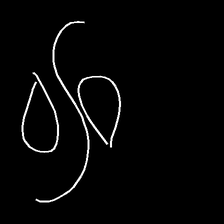
Glyph: water